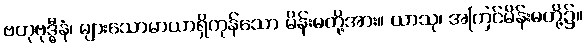
ဗဟုဗုဒ္ဓီနံ၊ များသောမာယာရှိကုန်သော မိန်းမတို့အား။ ယာသု၊ အကြင်မိန်းမတို့၌။